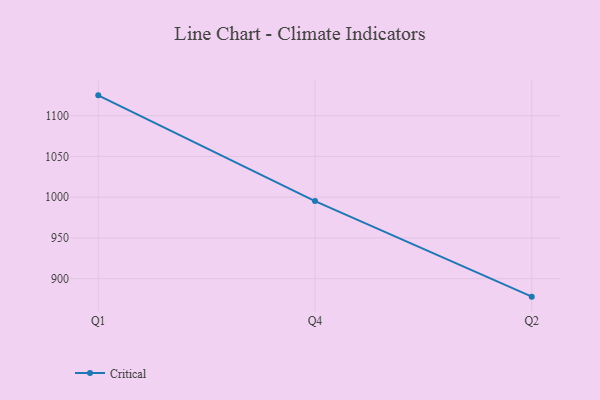
{"axis": {"x": "Quarter", "y": "Budget (USD K)"}, "legend": ["Critical"], "data": [{"x": "Q1", "y": 1125.0, "type": "Critical"}, {"x": "Q4", "y": 995.2, "type": "Critical"}, {"x": "Q2", "y": 877.9, "type": "Critical"}]}